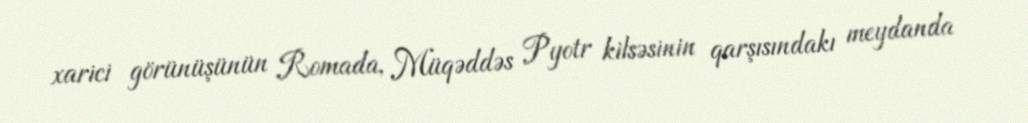
xarici görünüşünün Romada, Müqəddəs Pyotr kilsəsinin qarşısındakı meydanda